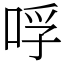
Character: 哹